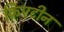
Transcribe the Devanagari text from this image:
क्रिएटीन